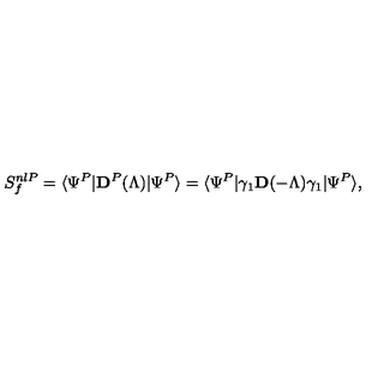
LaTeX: S _ { f } ^ { n l P } = \langle \Psi ^ { P } | { \mathbf D } ^ { P } ( \Lambda ) | \Psi ^ { P } \rangle = \langle \Psi ^ { P } | \gamma _ { 1 } { \mathbf D } ( - \Lambda ) \gamma _ { 1 } | \Psi ^ { P } \rangle ,